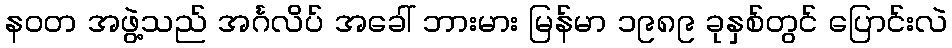
နဝတ အဖွဲ့သည် အင်္ဂလိပ် အခေါ် ဘားမား မြန်မာ ၁၉၈၉ ခုနှစ်တွင် ပြောင်းလဲ